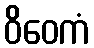
ဝိဝေကံ